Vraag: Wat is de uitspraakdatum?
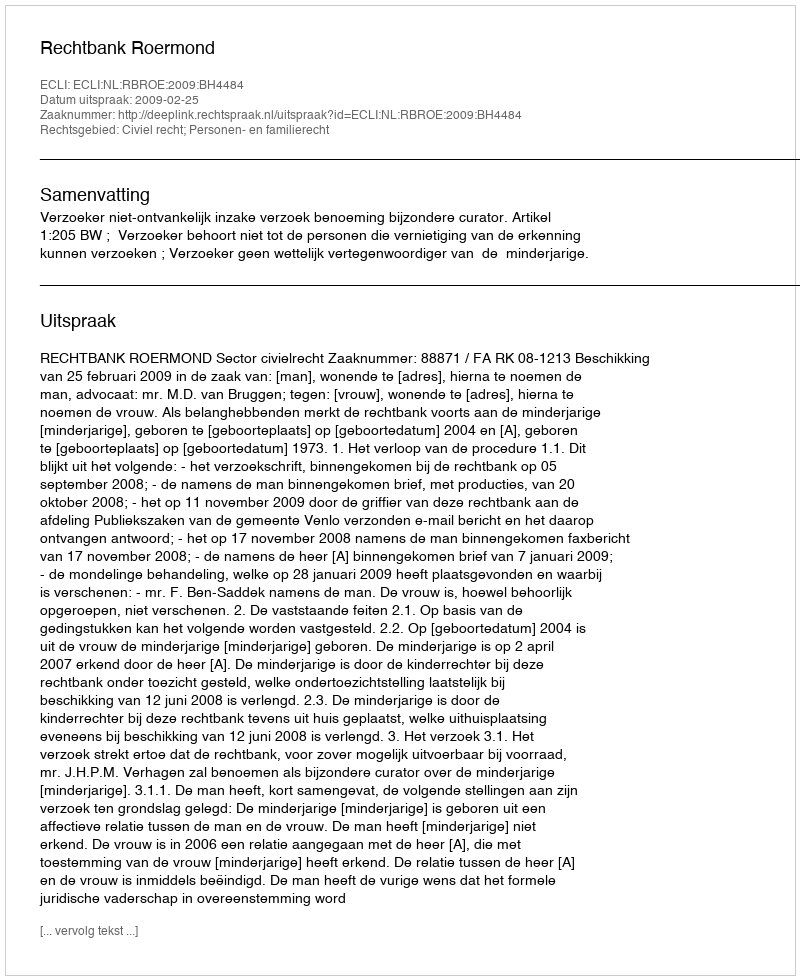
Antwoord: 2009-02-25